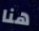
هنا